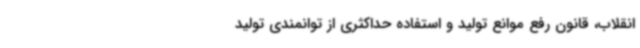
انقلاب، قانون رفع موانع تولید و استفاده حداکثری از توانمندی تولید